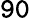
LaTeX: \mathtt{90}